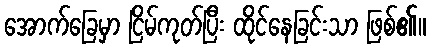
အောက်ခြေမှာ ငြိမ်ကုတ်ပြီး ထိုင်နေခြင်းသာ ဖြစ်၏။